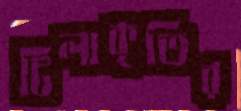
টিলাকৃতির